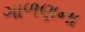
ગાળણના